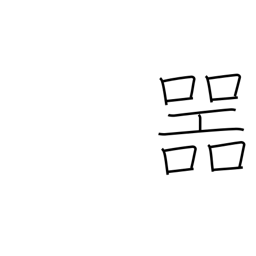
Meaning: receptacle